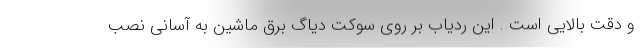
و دقت بالایی است . این ردیاب بر روی سوکت دیاگ برق ماشین به آسانی نصب